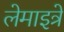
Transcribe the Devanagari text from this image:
लेमाइत्रे